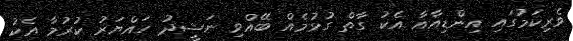
ވެރިކަމުގައި އިންޑިއާއާ އެކު ގާތް ގުޅުމެއް ބޭއްވި ނަޝީދު ހައްޔަރު ކުރުމާ އެކު